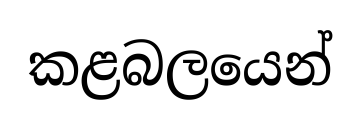
කළබලයෙන්